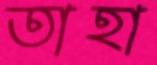
তাহা